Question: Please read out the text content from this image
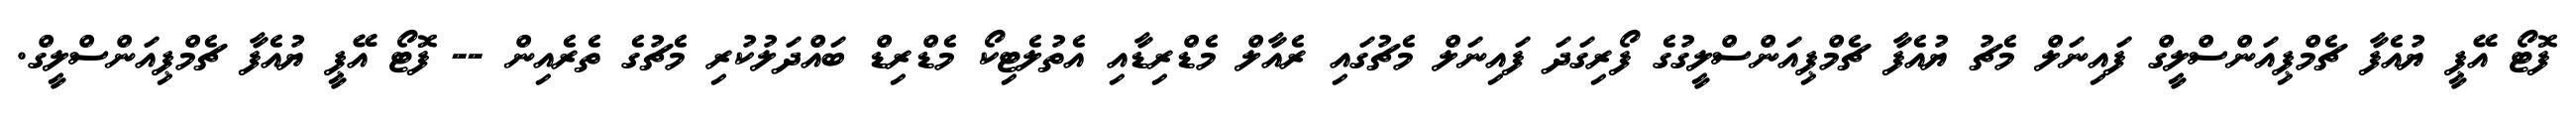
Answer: ފޮޓޯ އޭޕީ ޔުއެފާ ޗެމްޕިއަންސްލީގް ފައިނަލް މެޗު ޔުއެފާ ޗެމްޕިއަންސްލީގުގެ ފޯރިގަދަ ފައިނަލް މެޗުގައި ރެއާލް މެޑްރިޑާއި އެތުލެޓިކޯ މެޑްރިޑް ބައްދަލުކުރި މެޗުގެ ތެރެއިން -- ފޮޓޯ އޭޕީ ޔުއެފާ ޗެމްޕިއަންސްލީގް.